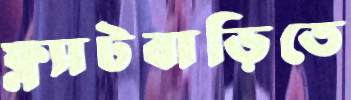
ফ্ল্যাটবাড়িতে